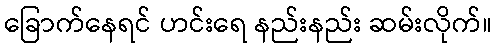
ခြောက်နေရင် ဟင်းရေ နည်းနည်း ဆမ်းလိုက်။